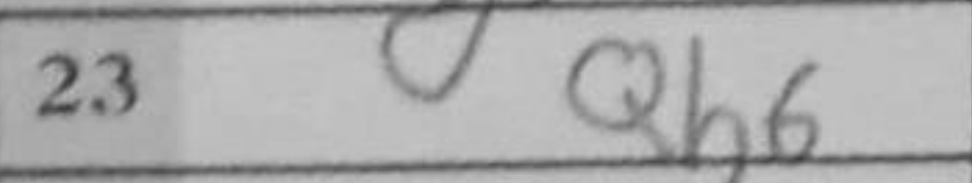
Transcription: Qh6